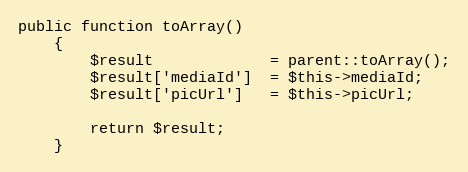
Language: PHP
public function toArray()
    {
        $result             = parent::toArray();
        $result['mediaId']  = $this->mediaId;
        $result['picUrl']   = $this->picUrl;

        return $result;
    }